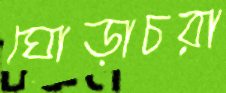
ঘোড়াচরা